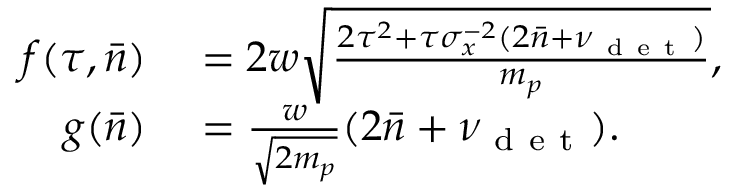
\begin{array} { r l } { f ( \tau , \bar { n } ) } & { { } = 2 w \sqrt { \frac { 2 \tau ^ { 2 } + \tau \sigma _ { x } ^ { - 2 } ( 2 \bar { n } + \nu _ { \mathrm { ~ d ~ e ~ t ~ } } ) } { m _ { p } } } , } \\ { g ( \bar { n } ) } & { { } = \frac { w } { \sqrt { 2 m _ { p } } } ( 2 \bar { n } + \nu _ { \mathrm { ~ d ~ e ~ t ~ } } ) . } \end{array}